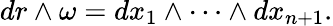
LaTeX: dr\wedge\omega=dx_{1}\wedge\cdots\wedge dx_{n+1}.